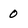
Character: 0